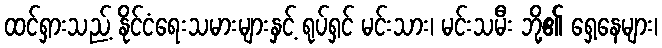
ထင်ရှားသည့် နိုင်ငံရေးသမားများနှင့် ရုပ်ရှင် မင်းသား၊ မင်းသမီး ဘို့၏ ရှေ့နေများ၊